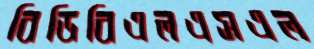
বিডিবিএলএসএল